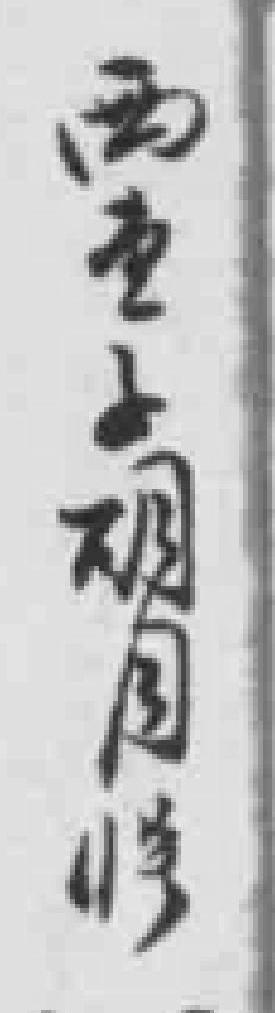
西堂子胡同*号